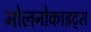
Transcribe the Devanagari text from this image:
मोलनोकाइट्स